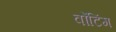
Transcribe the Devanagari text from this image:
वोंटिंग